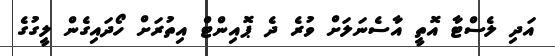
އަދި ލެސްޓާ އޮތީ އާސެނަލަށް ވުރެ ދެ ޕޮއިންޓް އިތުރަށް ހޯދައިގެން ލީގުގެ